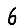
Digit: 6